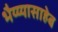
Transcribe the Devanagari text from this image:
भैय्य्यासाहेब